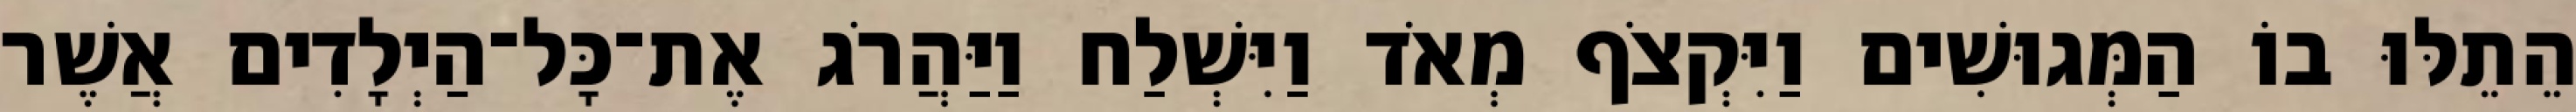
הֵתֵלּוּ בוֹ הַמְּגוּשִׁים וַיִּקְצֹף מְאֹד וַיִּשְׁלַח וַיַּהֲרֹג אֶת־כָּל־הַיְלָדִים אֲשֶׁר